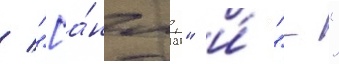
/ "[а́нгл." и́ "-"